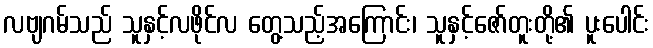
လဗျဂမ်သည် သူနှင့်လဖိုင်လ တွေ့သည့်အကြောင်း၊ သူနှင့်ဇော်တူးတို့၏ ပူးပေါင်း